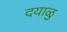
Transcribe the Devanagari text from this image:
दयाळु